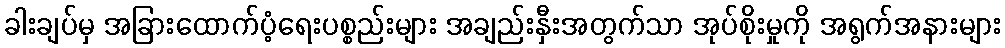
ခါးချပ်မှ အခြားထောက်ပံ့ရေးပစ္စည်းများ အချည်းနှီးအတွက်သာ အုပ်စိုးမှုကို အရွက်အနားများ